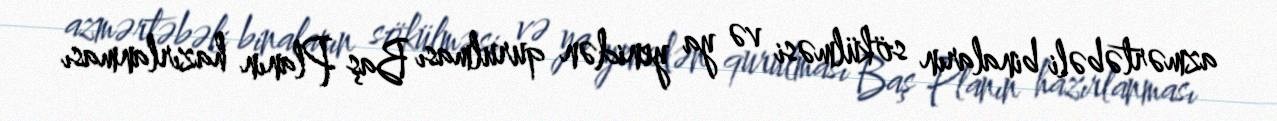
azmərtəbəli binaların sökülməsi və ya yenidən qurulması Baş Planın hazırlanması